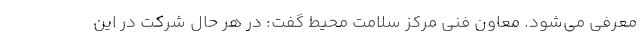
معرفی می‌شود. معاون فنی مرکز سلامت محیط گفت: در هر حال شرکت در این